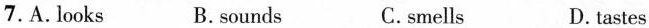
7.A.Looks B.sounds C.smells D. tastes